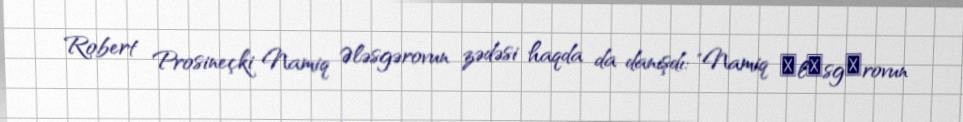
Robert Prosineçki Namiq Ələsgərovun zədəsi haqda da danışdı: "Namiq Әlәsgәrovun